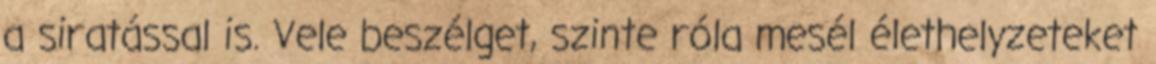
a siratással is. Vele beszélget, szinte róla mesél élethelyzeteket